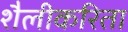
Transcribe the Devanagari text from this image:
शैलीकरिता